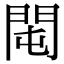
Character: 𨳘